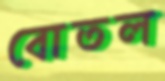
বোতল